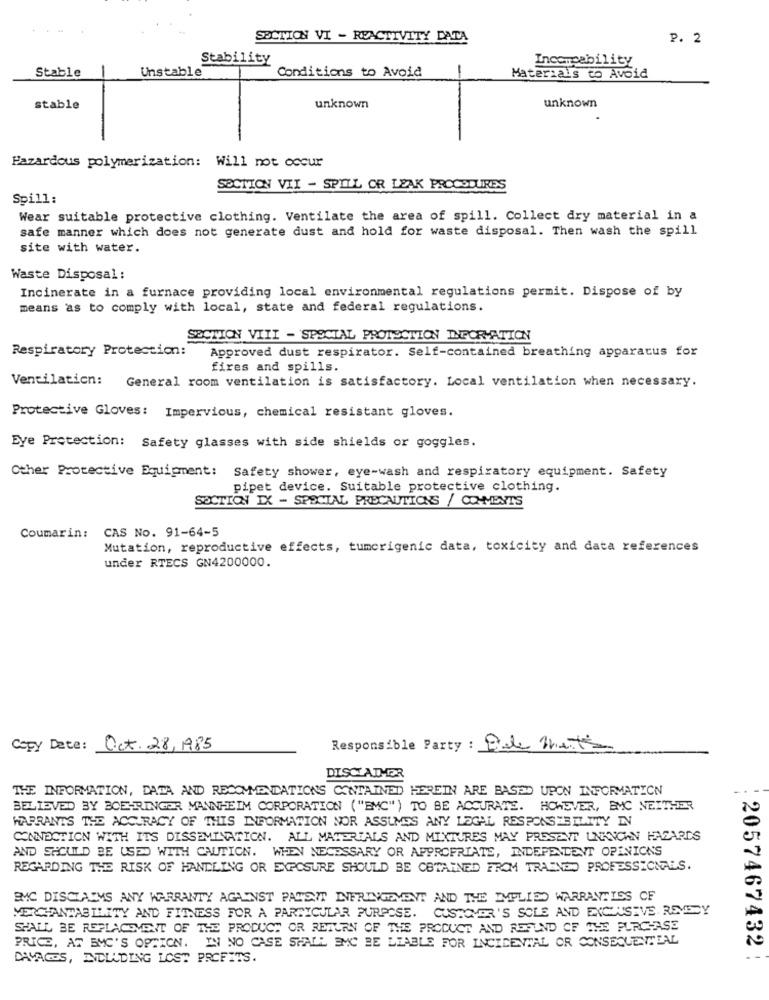
SECTION VI - REACTIVITY DATA
P. 2
Stability
Incomeability
Stable
Materials to Avoid
Unstable
Conditions to Avoid
stable
unknown
unknown
Hazardous polymerization: Will not occur
SECTION VII - SPILL OR LEAK PROCEDURES
Spill:
Wear suitable protective clothing. Ventilate the area of spill. Collect dry material in a
safe manner which does not generate dust and hold for waste disposal. Then wash the spill
site with water.
Waste Disposal:
Incinerate in a furnace providing local environmental regulations permit. Dispose of by
means as to comply with local, state and federal regulations.
SECTION VIII - SPECIAL PROTECTION DEFORMATION
Respiratory Protection:
Approved dust respirator. Self-contained breathing apparatus for
fires and spills.
Ventilation: General room ventilation is satisfactory. Local ventilation when necessary.
Protective Gloves: Impervious, chemical resistant gloves.
Eye Protection: Safety glasses with side shields or goggles.
Other Protective Equipment: Safety shower, eye-wash and respiratory equipment. Safety
pipet device. Suitable protective clothing.
SOCTION IX - SPECIAL PRECAUTIONS / CO-MENTS
Coumarin: CAS No. 91-64-5
Mutation, reproductive effects, tumcrigenic data, toxicity and data references
under RTECS GN4200000.
Copy Date: Oct. 28, 1985
Responsible Party : Dale Met's
DISCLAIMER
THE INFORMATION, DATA AND RECOMMENDATIONS CONTAINED HEREIN ARE BASED UPON INFORMATION
BELIEVED BY BOEHRINGER MANNHEIM CORPORATION ("EMC") TO BE ACCURATE. HOWEVER, EMC NEITHER
WARRANTS THE ACCURACY OF THIS INFORMATION NOR ASSUMES ANY LEGAL RESPONSIBILITY IN
CONNECTION WITH ITS DISSEMINATION. ALL MATERIALS AND MIXTURES MAY PRESENT UNKNOWN HAZARDS
AND SHOULD BE USED WITH CAUTION. WHEN NECESSARY OR APPROPRIATE, INDEPENDENT OPINIONS
REGARDING THE RISK OF HANDLING OR EXPOSURE SHOULD BE OBTAINED FROM TRAINED PROFESSIONALS.
BMC DISCLAIMS ANY WARRANTY AGAINST PATENT INFRINGEMENT AND THE IMPLIED WARRANTIES CF
MERCHANTABILITY AND FITNESS FOR A PARTICULAR PURPOSE. CUSTOMER'S SOLE AND EXCLUSIVE REMEDY
SHALL BE REPLACEMENT OF THE PRODUCT OR RETURN OF THE PRODUCT AND REFUND OF THE PURCHASE
PRICE, AT EMC'S OPTION. IN NO CASE SHALL EMC BE LIABLE FOR INCIDENTAL OR CONSEQUENTIAL
DAVAGES, INCLUDING LOST PROFITS.
: 2057467432 !